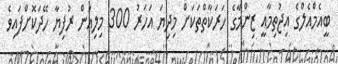
ބީއެމްއެލްގެ އިޖުތިމާއީ ޒިންމާގެ ހަރަކާތްތަކަށް މިދިޔަ އަހަރު 300 މިލިއަން ރުފިޔާ ހޭދަކޮށްފައިވެ